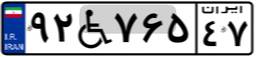
۹۲W۷۶۵۴۷